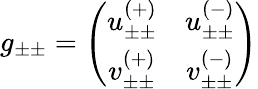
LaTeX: g_{\pm\pm}=\left(\begin{array}{cc}{{u_{\pm\pm}^{(+)}}}&{{u_{\pm\pm}^{(-)}}}\\ {{v_{\pm\pm}^{(+)}}}&{{v_{\pm\pm}^{(-)}}}\end{array}\right)